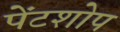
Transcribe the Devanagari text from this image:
पेंटशोप